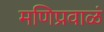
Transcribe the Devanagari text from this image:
मणिप्रवाळं